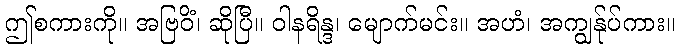
ဤစကားကို။ အဗြဝိံ၊ ဆိုပြီ။ ဝါနရိန္ဒ၊ မျောက်မင်း။ အဟံ၊ အကျွန်ုပ်ကား။